Indian journal of veterinary science and animal husbandry - Volume 3,
Year: 1933
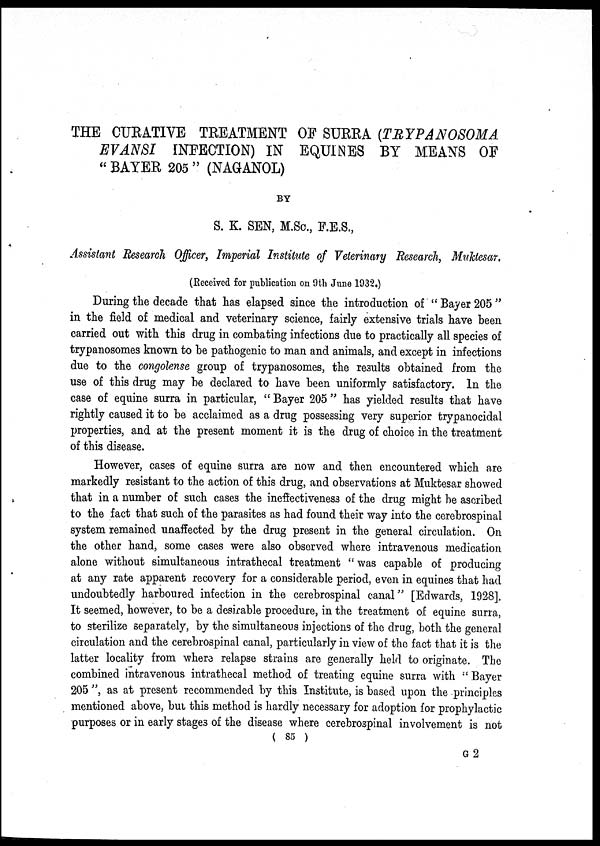
THE CURATIVE TREATMENT OF SURRA (TRYPANOSOMA
EVANSI INFECTION) IN EQUINES BY MEANS OF
" BAYER 205 " (NAGANOL)
BY
S. K. SEN, M.Sc., F.E.S.,
Assistant Research Officer, Imperial Institute of Veterinary Research, Muktesar.
(Received for publication on 9th June 1932.)
During the decade that has elapsed since the introduction of " Bayer 205 "
in the field of medical and veterinary science, fairly extensive trials have been
carried out with this drug in combating infections due to practically all species of
trypanosomes known to be pathogenic to man and animals, and except in infections
due to the congolense group of trypanosomes, the results obtained from the
use of this drug may be declared to have been uniformly satisfactory. In the
case of equine surra in particular, " Bayer 205 " has yielded results that have
rightly caused it to be acclaimed as a drug possessing very superior trypanocidal
properties, and at the present moment it is the drug of choice in the treatment
of this disease.
However, cases of equine surra are now and then encountered which are
markedly resistant to the action of this drug, and observations at Muktesar showed
that in a number of such cases the ineffectiveness of the drug might be ascribed
to the fact that such of the parasites as had found their way into the cerebrospinal
system remained unaffected by the drug present in the general circulation. On
the other hand, some cases were also observed where intravenous medication
alone without simultaneous intrathecal treatment " was capable of producing
at any rate apparent recovery for a considerable period, even in equines that had
undoubtedly harboured infection in the cerebrospinal canal" [Edwards, 1928].
It seemed, however, to be a desirable procedure, in the treatment of equine surra,
to sterilize separately, by the simultaneous injections of the drug, both the general
circulation and the cerebrospinal canal, particularly in view of the fact that it is the
latter locality from where relapse strains are generally held to originate. The
combined intravenous intrathecal method of treating equine surra with "Bayer
205 ", as at present recommended by this Institute, is based upon the principles
mentioned above, but this method is hardly necessary for adoption for prophylactic
purposes or in early stages of the disease where cerebrospinal involvement is not
( 85 )
G2